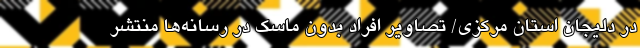
در دلیجانِ استان مرکزی/ تصاویر افراد بدون ماسک در رسانه‌ها منتشر